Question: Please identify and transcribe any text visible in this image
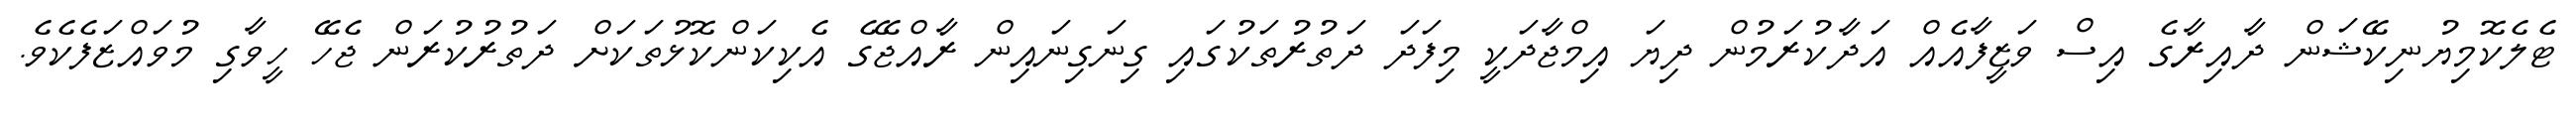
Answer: ޓެލެކޮމިޔުނިކޭޝަން ދާއިރާގެ އިސް ވަޒީފާއެއް އަދާކުރަމުން ދިޔަ އިމްޖާދަކީ މިފަދަ ދަތުރުތަކުގައި ގިނަގިނައިން ރާއްޖޭގެ އެކިކަންކޮޅުތަކަށް ދަތުރުކުރަން ޖެހޭ ހީވާގި މުވައްޒަފެކެވެ.